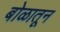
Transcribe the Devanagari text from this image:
बोळातून